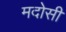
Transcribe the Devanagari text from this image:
मदोसी